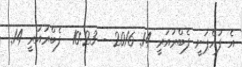
އެ ފުއްޕަނީ ފެބްރުއަރީ 14